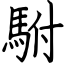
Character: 駙